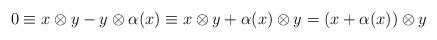
LaTeX: \begin{align*} 0\equiv x\otimes y -y\otimes \alpha(x)\equiv x\otimes y + \alpha(x)\otimes y = (x+\alpha(x))\otimes y\end{align*}